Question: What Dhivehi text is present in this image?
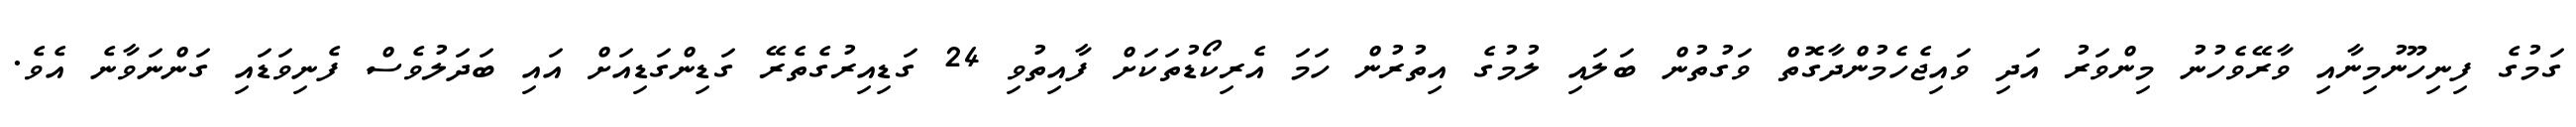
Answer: ގަމުގެ ފިނިހޫނުމިނާއި ވާރޭވެހުނު މިންވަރު އަދި ވައިޖެހެމުންދާގޮތް ވަގުތުން ބަލައި ލުމުގެ އިތުރުން ހަމަ އެރިކޯޑުތަކަށް ފާއިތުވި 24 ގަޑިއިރުގެތެރޭ ގަޑިންގަޑިއަށް އައި ބަދަލުވެސް ފެނިވަޑައި ގަންނަވާނެ އެވެ.